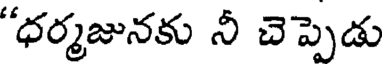
"ధర్మజునకు నీ చెప్పెడు